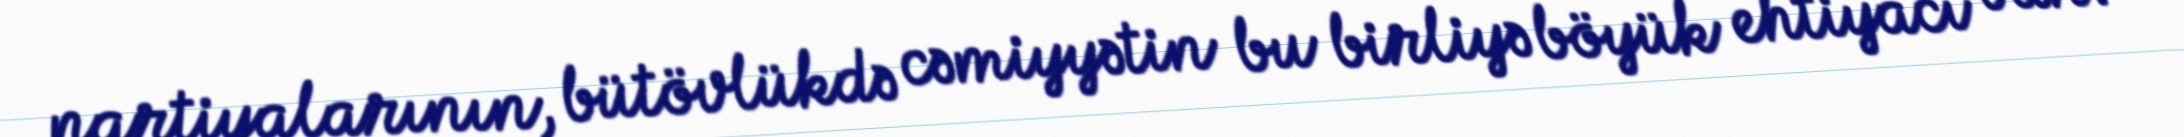
partiyalarının, bütövlükdə cəmiyyətin bu birliyə böyük ehtiyacı var.